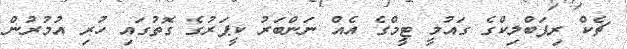
ޗެކް ރިޕަބްލިކްގެ ގައުމީ ޓީމްގެ އެއް ނަންބަރު ކީޕަރުގެ ގޮތުގައި ހުރި އުމުރުން